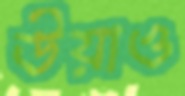
উয়াও